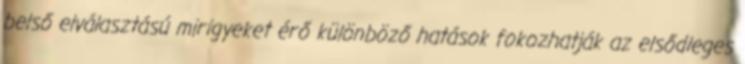
belső elválasztású mirigyeket érő különböző hatások fokozhatják az elsődleges